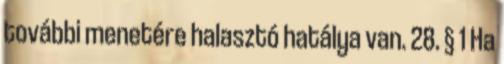
további menetére halasztó hatálya van. 28. § 1 Ha